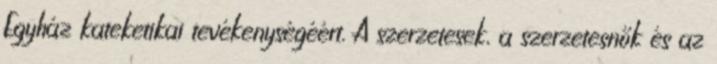
Egyház kateketikai tevékenységéért. A szerzetesek, a szerzetesnők és az